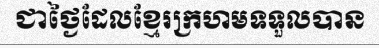
ជាថ្ងៃដែលខ្មែរក្រហមទទួលបាន